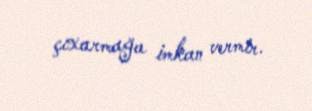
çıxarmağa imkan vermir.